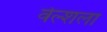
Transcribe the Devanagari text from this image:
वेल्शला